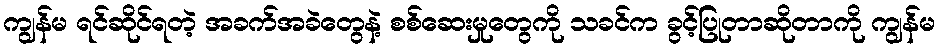
ကျွန်မ ရင်ဆိုင်ရတဲ့ အခက်အခဲတွေနဲ့ စစ်ဆေးမှုတွေကို သခင်က ခွင့်ပြုတာဆိုတာကို ကျွန်မ